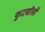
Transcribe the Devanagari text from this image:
फुटबॉलों